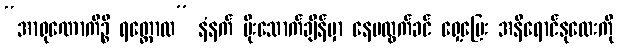
“အာရုဏောကိဉ္စိ ရတ္တောထ” နံနက် မိုးသောက်ချိန်မှာ နေမထွက်ခင် ရှေ့ပြေး အနီရောင်နုလေးကို